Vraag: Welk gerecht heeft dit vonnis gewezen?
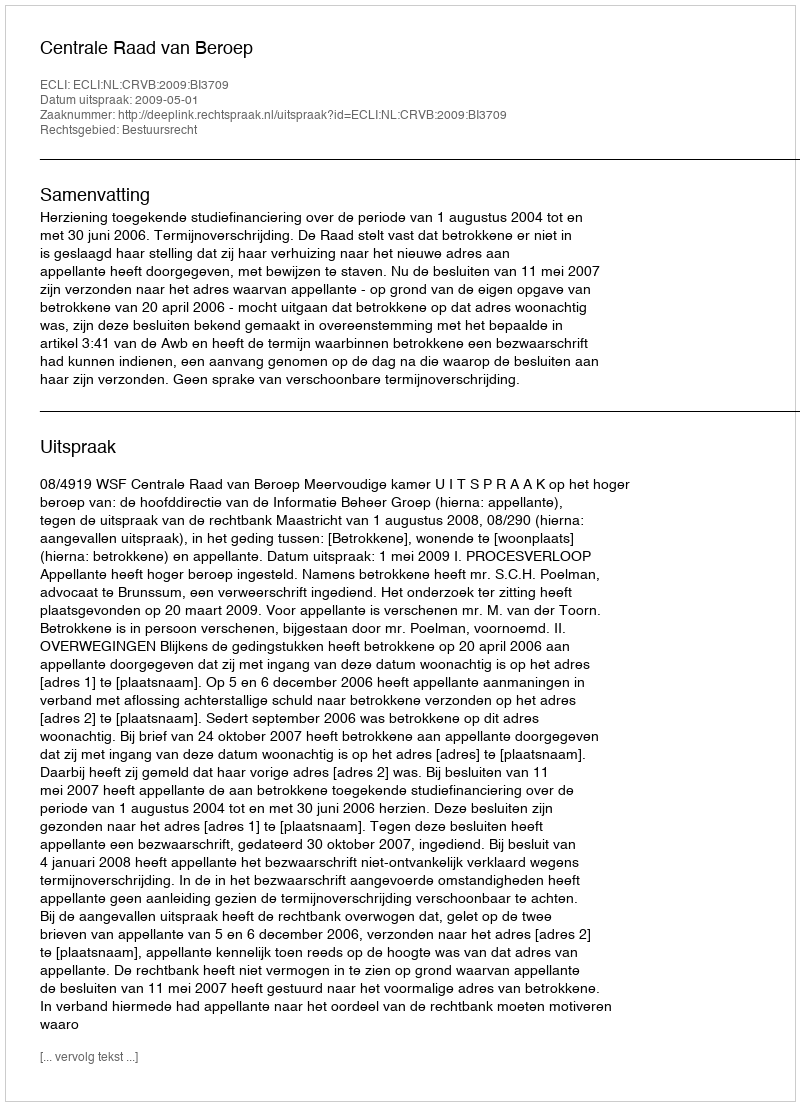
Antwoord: Centrale Raad van Beroep